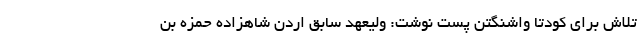
تلاش برای کودتا واشنگتن پست نوشت: ولیعهد سابق اردن شاهزاده حمزه بن